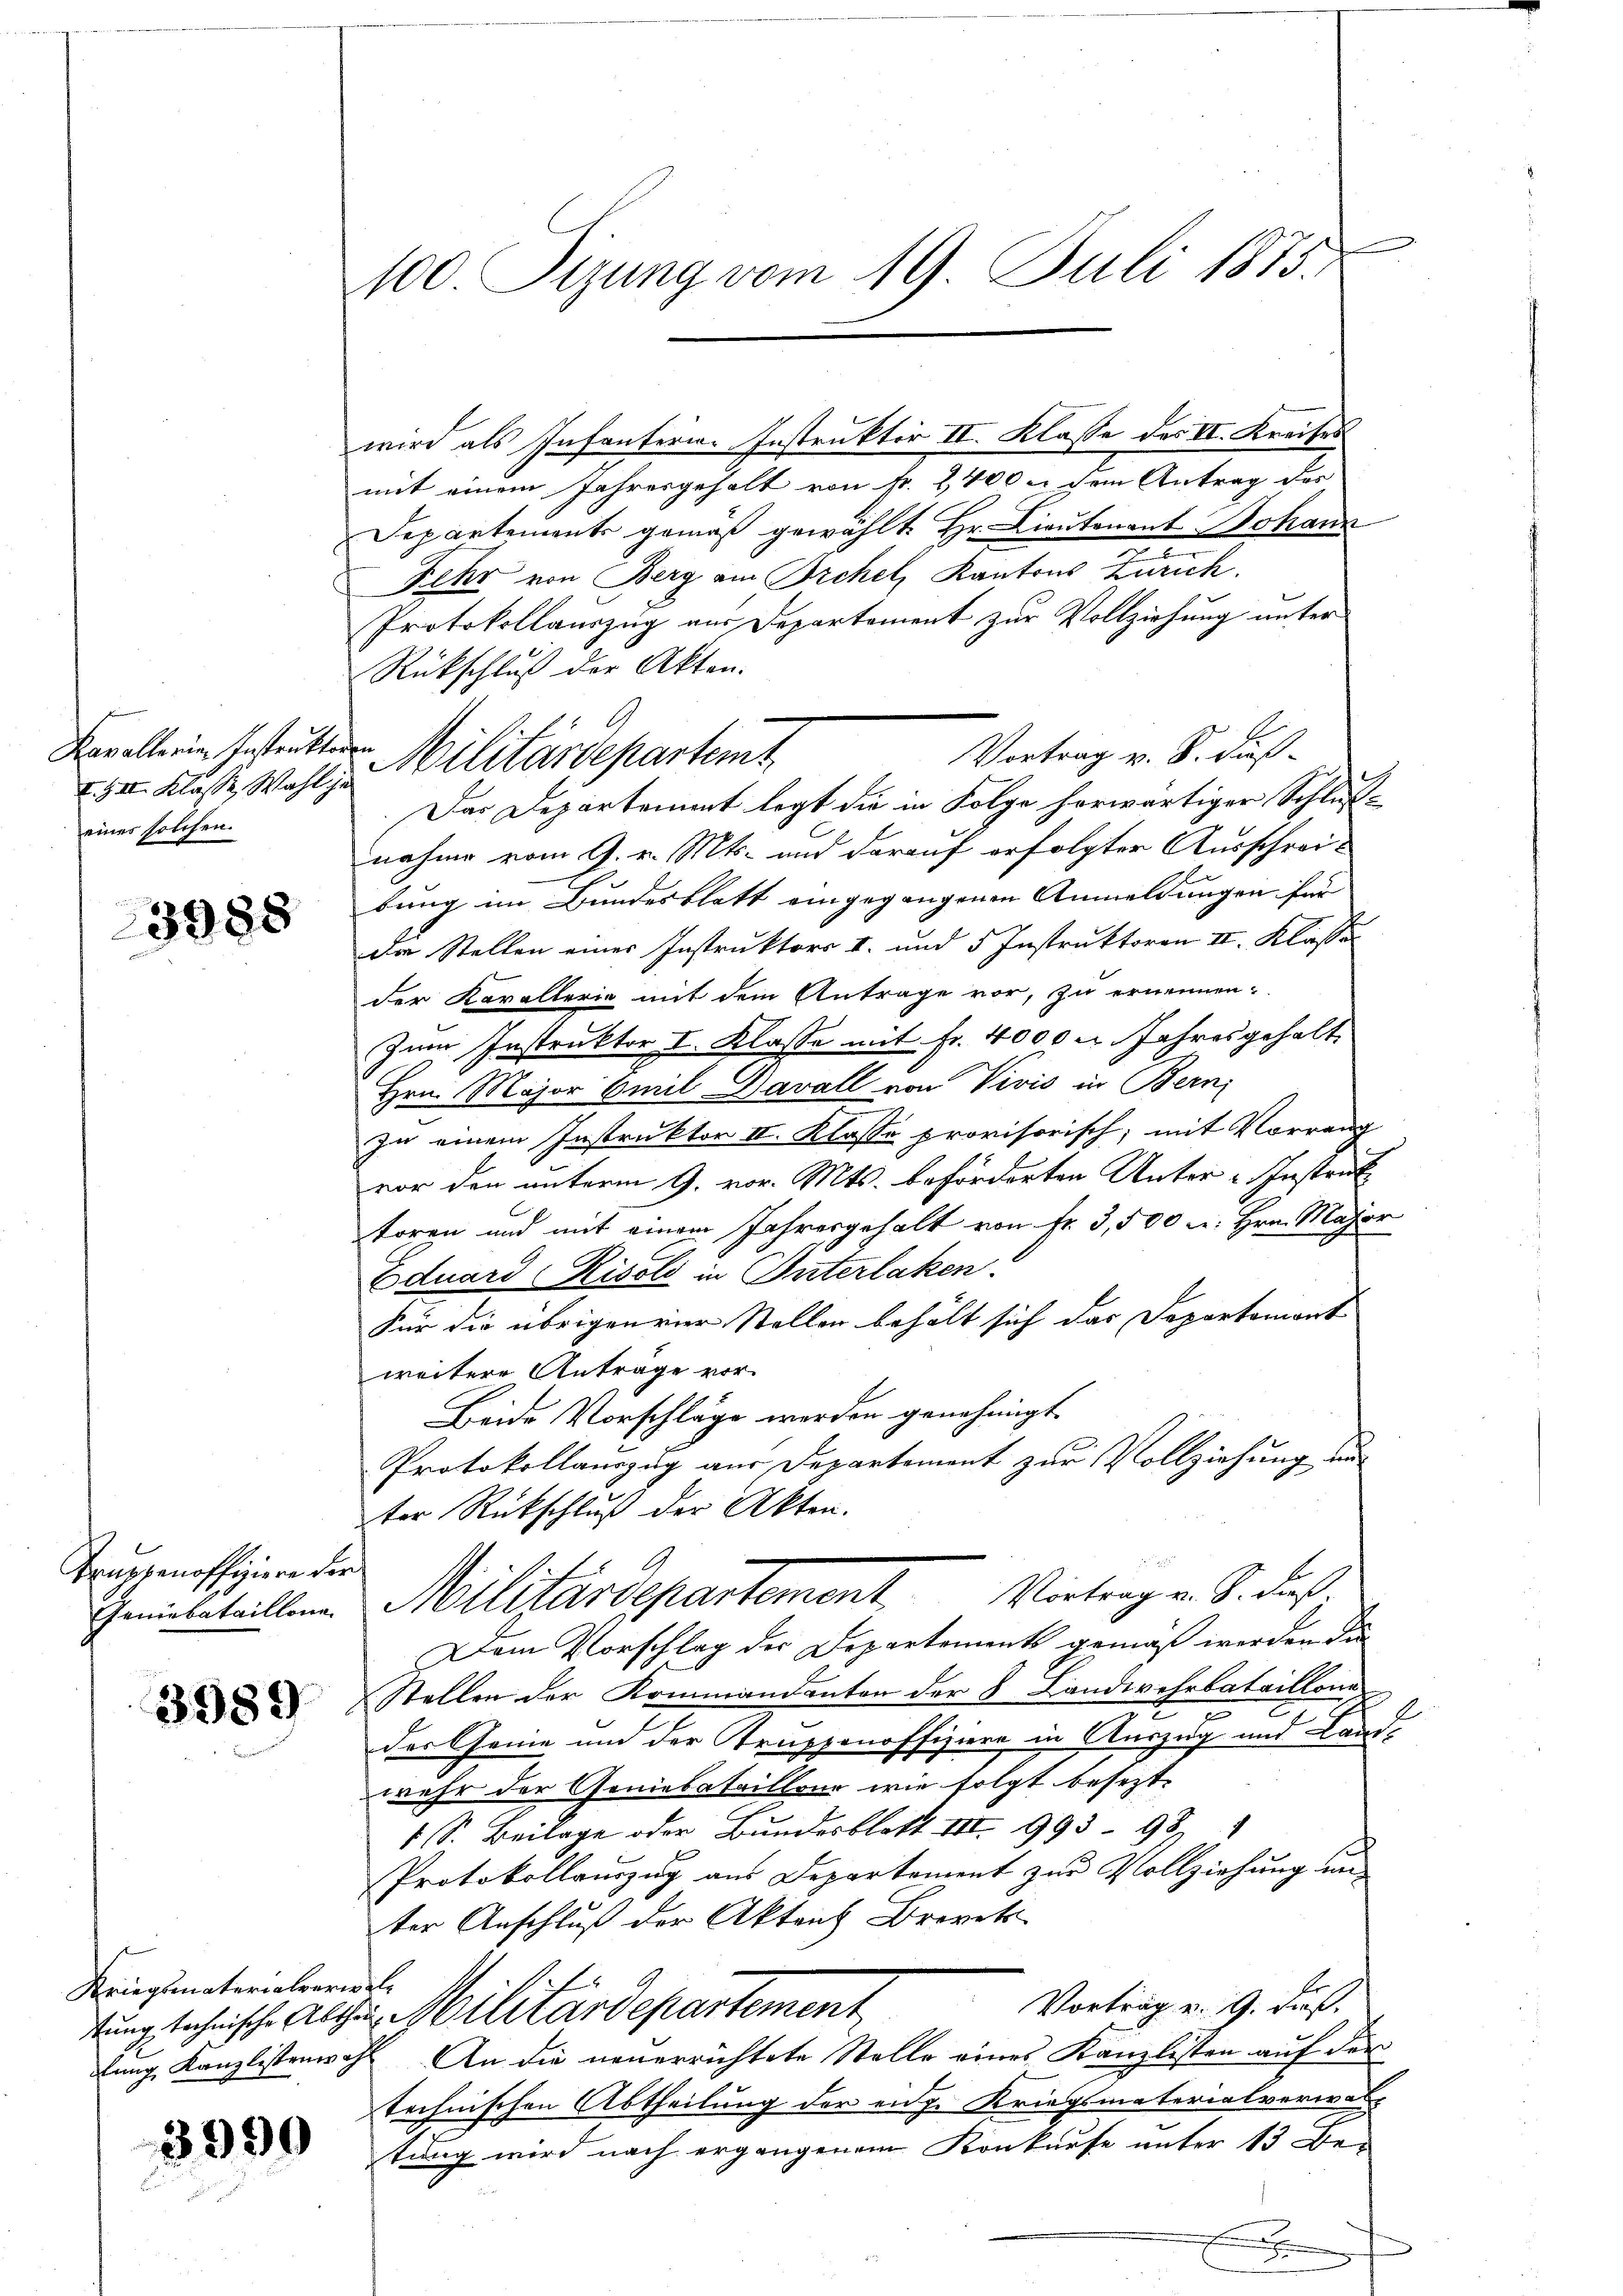
I.III. Klasse Wahl je
eines solchen.

3988

Truppenoffiziere der

3989

Kriegsmaterialverwal¬

3990

100. Suung vom 19. Juli 1875.

wird als Infanteria- Instruktor II. Klasse des II. Kreises
mit einem Jahresgehalt von Fr. 2400 u. dem Antrag des
Departements gemäß gewählt. Hr. Lieutenant Johann
Fehr von Berg am Orchel, Kantons Zürich.
Protokollauszug aus Departement zur Vollziehung unter
Rückschluß der Akten.
Vortrag v. S. Fuß¬
Kavallerin bestrukten Militärdepartemt
Das Departement legt die in Folge herwärtiger Schlußnahme vom 9. v. Mts. und darauf erfolgter Ausschreibung im Bundesblatt eingegangenen Anmeldungen für
de Stellen eines Instruktors II. und 5 Instruktoren II. Klasser
der Kavallerin mit dem Antrage vor, zu ernennen,
Zum Instruktor I. Klasse mit Fr. 4000 u. Jahres gehalt
Hrn. Major Emil Davall von Vivis in Bern,
zu einem Instruktor II. Klasse provisorisch; mit Vorrang
vor den unterm 9. vor. Mts. beförderten Unter-Instruk
toren und mit einem Jahresgehalt von Fr. 3,500 u. Hrn. Major
Eduard Risolo in Interlaken.
Für die übrigen vier Stellen behält sich das Departemont
weitere Anträge vor.
Beide Vorschläge werden genehmigt.
Protokollauszug aus Departement zur Vollziehung im
ter Rückschluß der Akten.
Geniebeteillen Militärdepartement. Vortrag u. S. dieß¬
Dem Vorschlag der Departements gemäß werden die
Stellen der Kommandanten der 8 Landwehrbataillone
.
der Genie und der Truppenoffiziere in Auszug und Land-
wehr der Geniebataillone wie folgt besezt.
 S. Beilage oder Bundesblatt III. 993 - 98.
Protokollauszug aus Departement zur Vollziehung un
ter Anschluß der Akten Brevets
Vortrag u. 9. daß
tung technische Alten Militärdepartement
lung, Kanzlistenwohl. An die neuerrichtete Stelle eines Kanzlisten auf der
technischen Abtheilung der eige Kriegsmaterialverwaltung wird nach ergangenem Konkurse unter 13 Be-

Fe
e